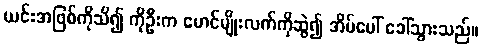
ယင်းအဖြစ်ကိုသိ၍ ကိုဦးက မောင်မျိုးလက်ကိုဆွဲ၍ အိမ်ပေါ် ခေါ်သွားသည်။